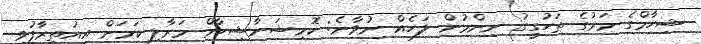
ޝިހާމްގެ މަރުގެ ތަހުގީގު ނިންމުން ލަހެއް ނުވާނެ: ކޮމިޝަނާޝިހާމް މަރާލި ކަމަށް އިއުތިރާފުވި